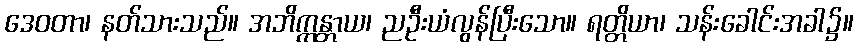
ဒေဝတာ၊ နတ်သားသည်။ အဘိက္ကန္တာယ၊ ညဦးယံလွန်ပြီးသော။ ရတ္တိယာ၊ သန်းခေါင်းအခါ၌။